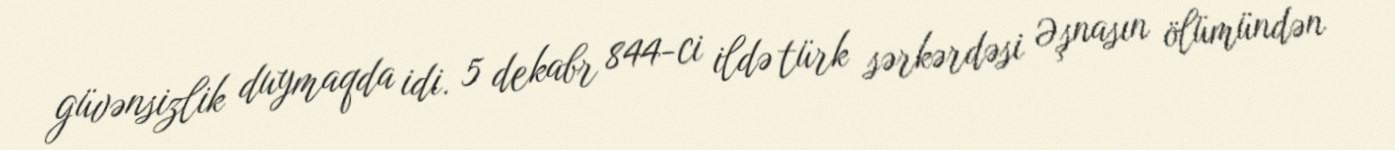
güvənsizlik duymaqda idi. 5 dekabr 844-ci ildə türk sərkərdəsi Əşnasın ölümündən